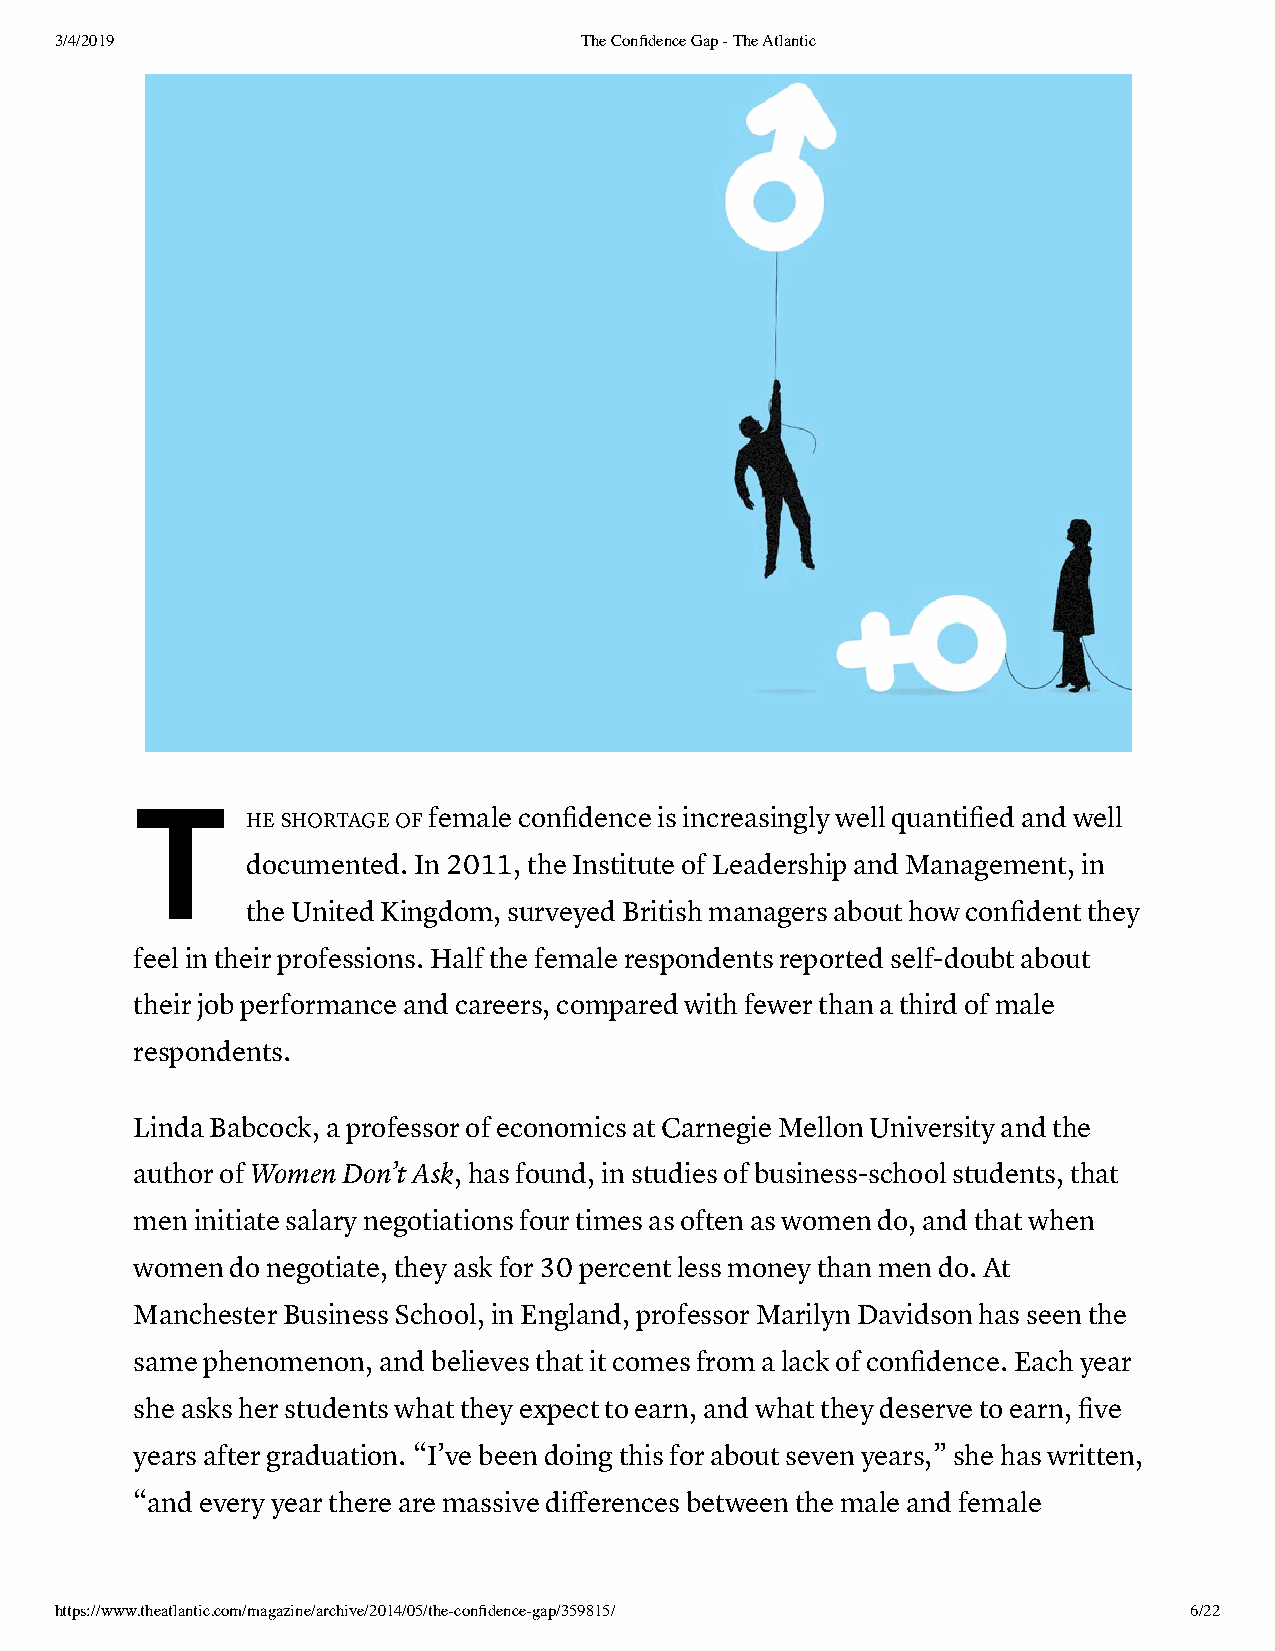
3/4/2019                          The Confidence Gap - The Atlantic
 T
 HE SHORTAGE OF female confidence is increasingly well quantified and well
 documented. In 2011, the Institute of Leadership and Management, in
 the United Kingdom, surveyed British managers about how confident they
 feel in their professions. Half the female respondents reported self-doubt about
 their job performance and careers, compared with fewer than a third of male
 respondents.
 Linda Babcock, a professor of economics at Carnegie Mellon University and the
 author of Women Don’t Ask, has found, in studies of business-school students, that
 men initiate salary negotiations four times as often as women do, and that when
 women do negotiate, they ask for 30 percent less money than men do. At
 Manchester Business School, in England, professor Marilyn Davidson has seen the
 same phenomenon, and believes that it comes from a lack of confidence. Each year
 she asks her students what they expect to earn, and what they deserve to earn, five
 years after graduation. “I’ve been doing this for about seven years,” she has written,
 “and every year there are massive differences between the male and female
 https://www.theatlantic.com/magazine/archive/2014/05/the-confidence-gap/359815/ 6/22